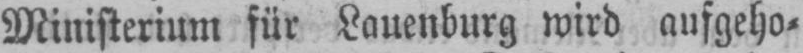
Ministerium für Lauenburg wird aufgeho⸗